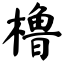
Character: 橹